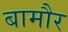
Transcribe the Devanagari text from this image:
बामौर